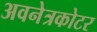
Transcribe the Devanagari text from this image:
अवनेत्रकोटर